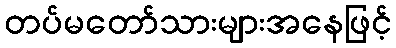
တပ်မတော်သားများအနေဖြင့်